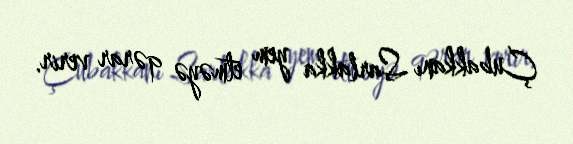
Çubakkanı Sarlakka yem etməyə qərar verir.